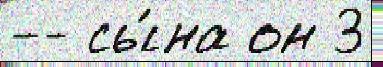
-- сы́на он 3